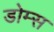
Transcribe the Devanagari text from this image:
डोम्स